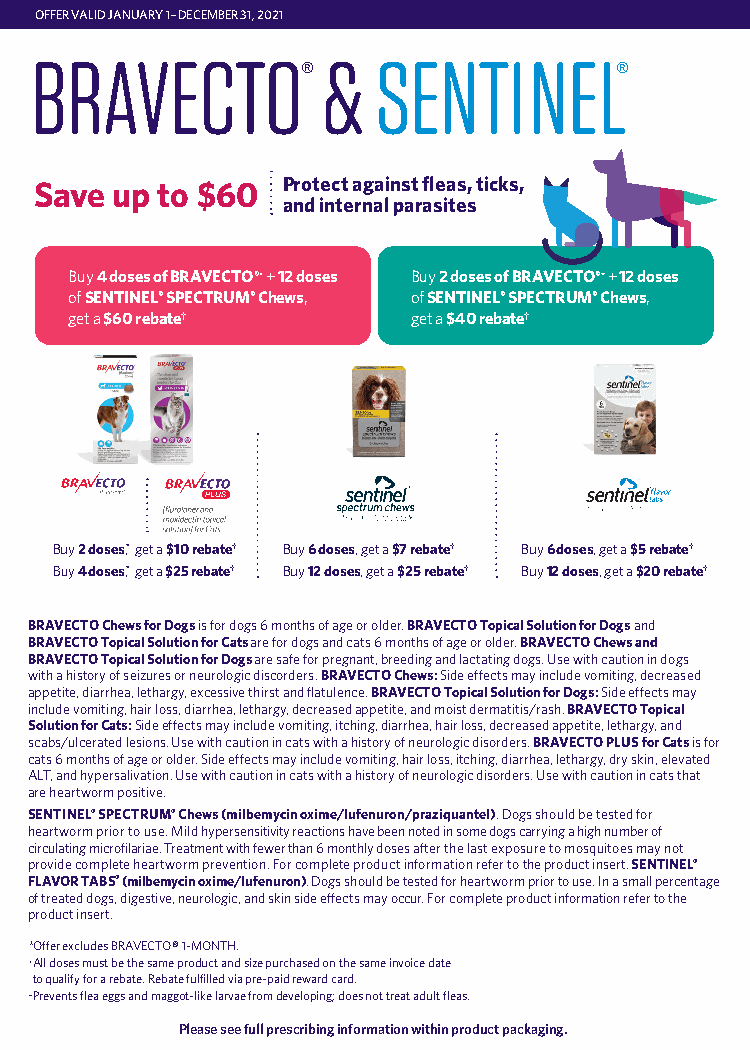
OFFER VALID JANUARY 1–DECEMBER 31, 2021
 BRAVECTO           &   SENTINEL
 ®                    ®
 Save up to $60   Protect against fleas, ticks,
 and internal parasites
 Buy 4 doses of BRAVECTO®* + 12 doses Buy 2 doses of BRAVECTO®* + 12 doses
 of SENTINEL® SPECTRUM® Chews, of SENTINEL® SPECTRUM® Chews,
 get a $60 rebate†     get a $40 rebate†
 Buy 2 doses,* get a $10 rebate† Buy 6 doses, get a $7 rebate† Buy 6 doses, get a $5 rebate†
 Buy 4 doses,* get a $25 rebate† Buy 12 doses, get a $25 rebate† Buy 12 doses, get a $20 rebate†
 BRAVECTO Chews for Dogs is for dogs 6 months of age or older. BRAVECTO Topical Solution for Dogs and
 BRAVECTO Topical Solution for Cats are for dogs and cats 6 months of age or older. BRAVECTO Chews and
 BRAVECTO Topical Solution for Dogs are safe for pregnant, breeding and lactating dogs. Use with caution in dogs
 with a history of seizures or neurologic discorders. BRAVECTO Chews: Side effects may include vomiting, decreased
 appetite, diarrhea, lethargy, excessive thirst and flatulence. BRAVECTO Topical Solution for Dogs: Side effects may
 include vomiting, hair loss, diarrhea, lethargy, decreased appetite, and moist dermatitis/rash. BRAVECTO Topical
 Solution for Cats: Side effects may include vomiting, itching, diarrhea, hair loss, decreased appetite, lethargy, and
 scabs/ulcerated lesions. Use with caution in cats with a history of neurologic disorders. BRAVECTO PLUS for Cats is for
 cats 6 months of age or older. Side effects may include vomiting, hair loss, itching, diarrhea, lethargy, dry skin, elevated
 ALT, and hypersalivation. Use with caution in cats with a history of neurologic disorders. Use with caution in cats that
 are heartworm positive.
 SENTINEL® SPECTRUM® Chews (milbemycin oxime/lufenuron/praziquantel). Dogs should be tested for
 heartworm prior to use. Mild hypersensitivity reactions have been noted in some dogs carrying a high number of
 circulating microfilariae. Treatment with fewer than 6 monthly doses after the last exposure to mosquitoes may not
 provide complete heartworm prevention. For complete product information refer to the product insert. SENTINEL®
 FLAVOR TABS® (milbemycin oxime/lufenuron). Dogs should be tested for heartworm prior to use. In a small percentage
 of treated dogs, digestive, neurologic, and skin side effects may occur. For complete product information refer to the
 product insert.
 *Offer excludes BRAVECTO® 1-MONTH.
 †A ll doses must be the same product and size purchased on the same invoice date
 to qualify for a rebate. Rebate fulfilled via pre-paid reward card.
 ‡Prevents flea eggs and maggot-like larvae from developing; does not treat adult fleas.
 Please see full prescribing information within product packaging.